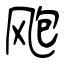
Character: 飑